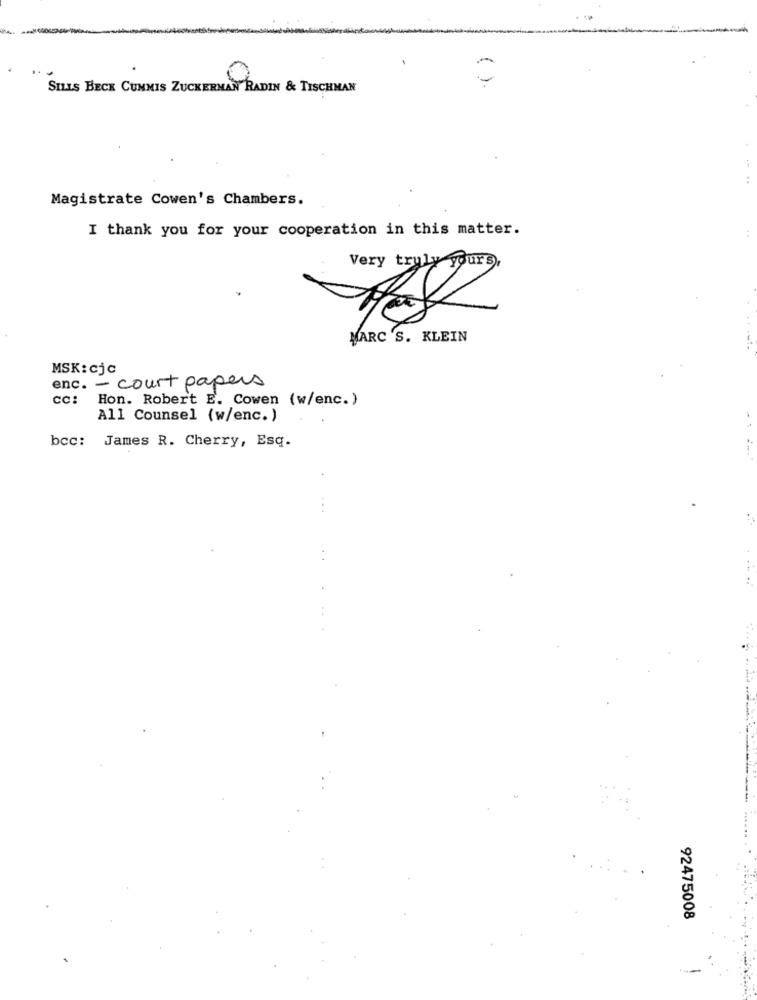
SILLS BECK CUMMIS ZUCKERMAN RADIN & TISCHMAN
( ).
Magistrate Cowen's Chambers.
I thank you for your cooperation in this matter.
Very truly yours,
MARC 'S. KLEIN
MSK: cjc
enc. - court papers
CC:
Hon. Robert E. Cowen (w/enc.)
All Counsel (w/enc. )
bcc: James R. Cherry, Esq.
...
92475008
--